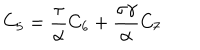
LaTeX: C _ { 5 } = \frac \tau \alpha C _ { 6 } + \frac { \sigma \gamma } \alpha C _ { 7 }